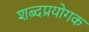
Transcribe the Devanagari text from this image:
शब्दप्रयोगक